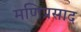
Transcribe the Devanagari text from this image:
मणिप्रसाद